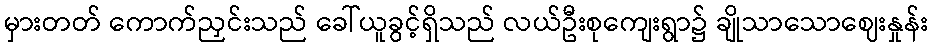
မှားတတ် ကောက်ညှင်းသည် ခေါ်ယူခွင့်ရှိသည် လယ်ဦးစုကျေးရွာ၌ ချိုသာသောဈေးနှုန်း